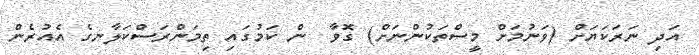
އަދި ނަރަކަޔަށް (ވަނުމަށް މީސްތަކުންނަށް) ގޮވާ  ން ކަމުގައި ތިމަންރަސްކަލާނގެ އެއުރެން